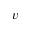
v